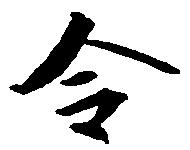
令